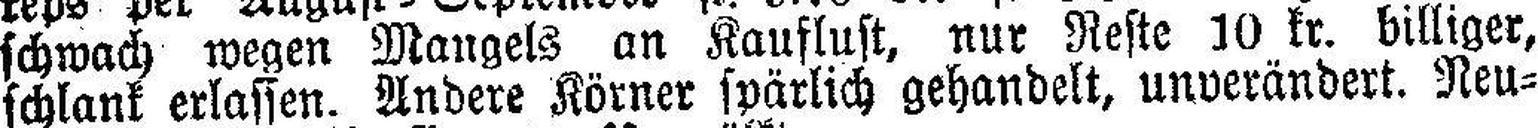
schwach wegen Mangels an Kauflust, nur Reste 10 kr. billiger,